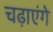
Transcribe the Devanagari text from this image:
चढ़ाएंगे